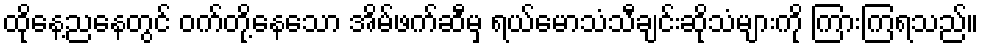
ထိုနေ့ညနေတွင် ဝက်တို့နေသော အိမ်ဖက်ဆီမှ ရယ်မောသံသီချင်းဆိုသံများကို ကြားကြရသည်။